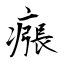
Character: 瘬